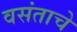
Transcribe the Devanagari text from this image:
वसंताचे